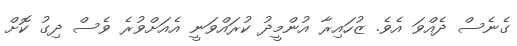
ގެެނެސް ދެއްވަ އެވެ. ޒުހައިރާ އުންމީދު ކުރައްވަނީ އެއަށްވުރެ ވެސް ދިގު ކޮށް